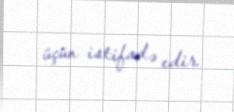
üçün istifadə edir.